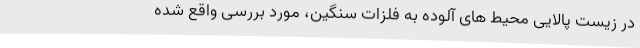
در زیست پالایی محیط های آلوده به فلزات سنگین، مورد بررسی واقع شده